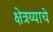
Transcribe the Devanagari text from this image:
क्षेत्रय्याचे